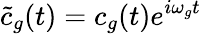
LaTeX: \tilde{c}_{g}(t)=c_{g}(t)e^{i\omega_{g}t}